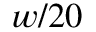
w / 2 0